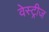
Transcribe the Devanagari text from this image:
वेस्ट्रीज